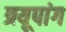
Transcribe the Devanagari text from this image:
त्रयूपांग